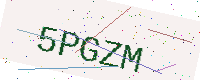
Text: 5PGZM